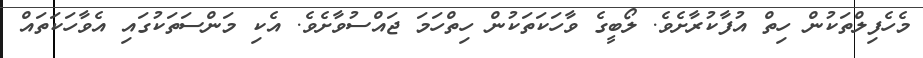
މެހެފިލްތަކުން ހިތް އުފާކުރާށެވެ. ލޯބީގެ ވާހަކަތަކުން ހިތްހަމަ ޖައްސުވާށެވެ. އެކި މަންސަތަކުގައި އެވާހަކަތައް